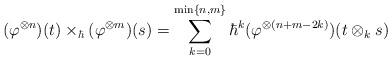
LaTeX: \begin{align*}(\varphi^{\otimes n})(t)\times_\hbar (\varphi^{\otimes m})(s)=\sum_{k=0}^{{\rm min}\{n,m\}}\hbar^k(\varphi^{\otimes (n+m-2k)}) (t\otimes_{k} s)\end{align*}